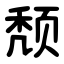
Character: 颓